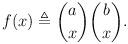
LaTeX: \begin{align*} f(x) \triangleq \binom{a}{x}\binom{b}{x}. \end{align*}